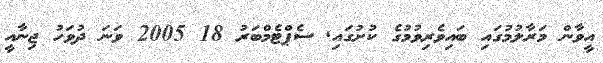
އީވާން މަރާލުމުގައި ބައިވެރިވުމުގެ ކުށުގައި